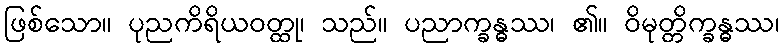
ဖြစ်သော။ ပုညကိရိယဝတ္ထု၊ သည်။ ပညာက္ခန္ဓဿ၊ ၏။ ဝိမုတ္တိက္ခန္ဓဿ၊